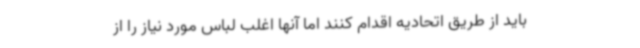
باید از طریق اتحادیه اقدام کنند اما آنها اغلب لباس مورد نیاز را از